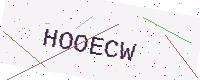
Text: HOOECW